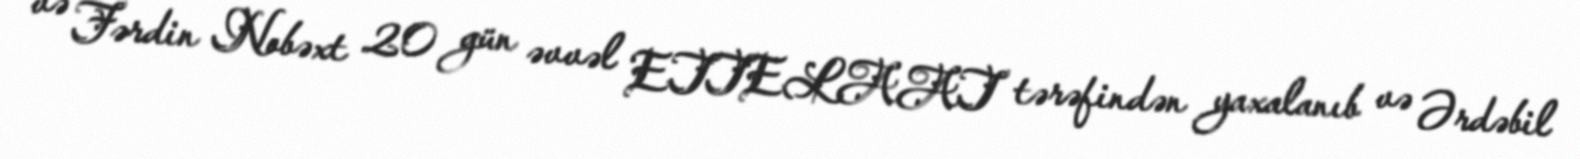
və Fərdin Nobəxt 20 gün əvvəl ETTELAAT tərəfindən yaxalanıb və Ərdəbil